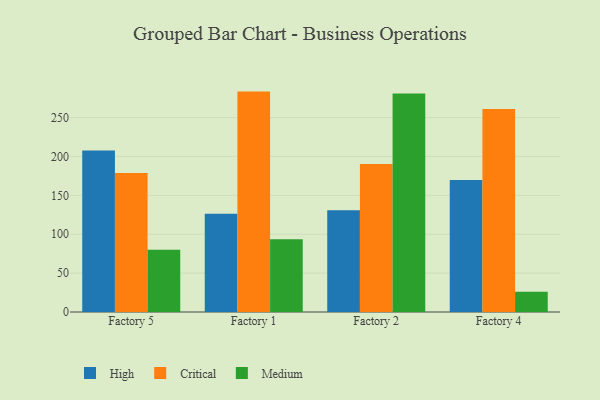
{"axis": {"x": "Factory", "y": "Temperature (°C)"}, "legend": ["Critical", "High", "Medium"], "data": [{"x": "Factory 5", "y": 207.7, "type": "High"}, {"x": "Factory 5", "y": 178.8, "type": "Critical"}, {"x": "Factory 5", "y": 80.2, "type": "Medium"}, {"x": "Factory 1", "y": 126.2, "type": "High"}, {"x": "Factory 1", "y": 283.4, "type": "Critical"}, {"x": "Factory 1", "y": 93.4, "type": "Medium"}, {"x": "Factory 2", "y": 130.9, "type": "High"}, {"x": "Factory 2", "y": 190.3, "type": "Critical"}, {"x": "Factory 2", "y": 280.9, "type": "Medium"}, {"x": "Factory 4", "y": 169.6, "type": "High"}, {"x": "Factory 4", "y": 261.0, "type": "Critical"}, {"x": "Factory 4", "y": 25.9, "type": "Medium"}]}